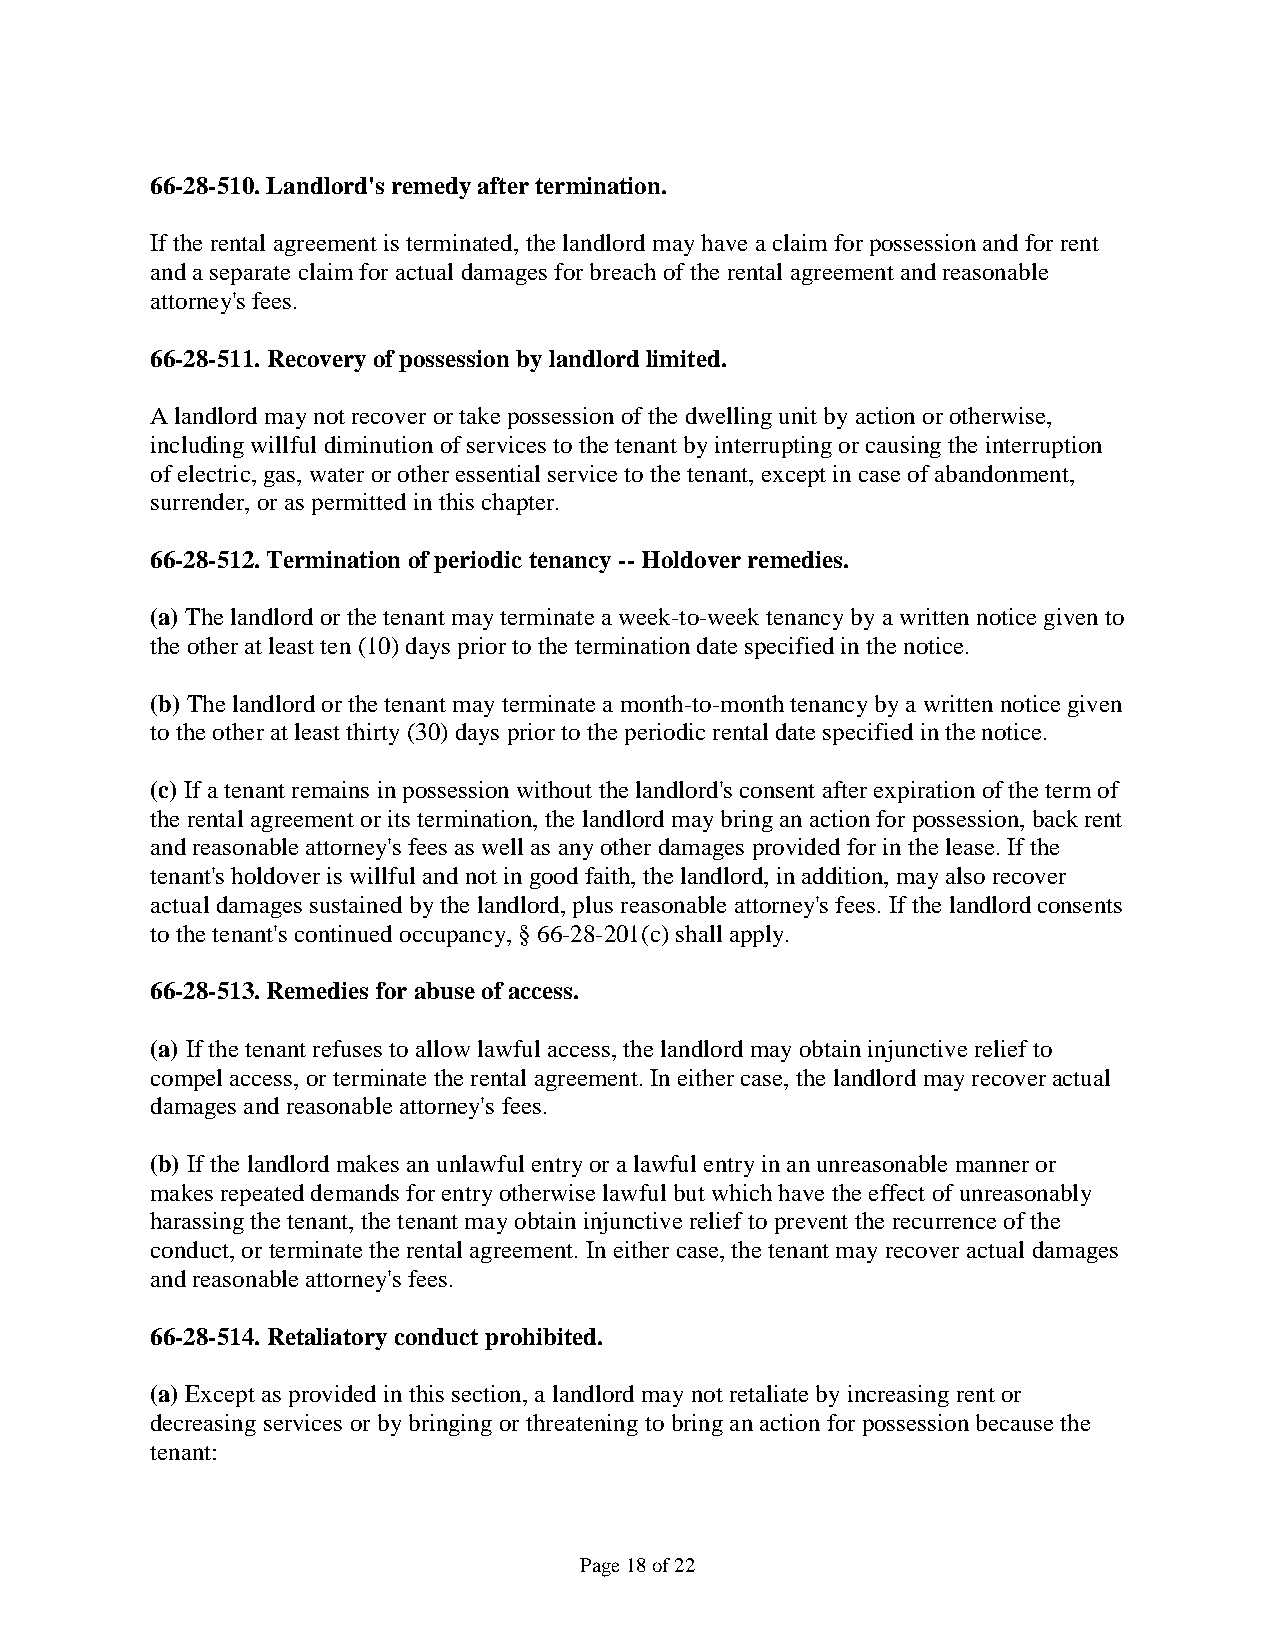
66-28-510. Landlord's remedy after termination.
 If the rental agreement is terminated, the landlord may have a claim for possession and for rent
 and a separate claim for actual damages for breach of the rental agreement and reasonable
 attorney's fees.
 66-28-511. Recovery of possession by landlord limited.
 A landlord may not recover or take possession of the dwelling unit by action or otherwise,
 including willful diminution of services to the tenant by interrupting or causing the interruption
 of electric, gas, water or other essential service to the tenant, except in case of abandonment,
 surrender, or as permitted in this chapter.
 66-28-512. Termination of periodic tenancy -- Holdover remedies.
 (a) The landlord or the tenant may terminate a week-to-week tenancy by a written notice given to
 the other at least ten (10) days prior to the termination date specified in the notice.
 (b) The landlord or the tenant may terminate a month-to-month tenancy by a written notice given
 to the other at least thirty (30) days prior to the periodic rental date specified in the notice.
 (c) If a tenant remains in possession without the landlord's consent after expiration of the term of
 the rental agreement or its termination, the landlord may bring an action for possession, back rent
 and reasonable attorney's fees as well as any other damages provided for in the lease. If the
 tenant's holdover is willful and not in good faith, the landlord, in addition, may also recover
 actual damages sustained by the landlord, plus reasonable attorney's fees. If the landlord consents
 to the tenant's continued occupancy, § 66-28-201(c) shall apply.
 66-28-513. Remedies for abuse of access.
 (a) If the tenant refuses to allow lawful access, the landlord may obtain injunctive relief to
 compel access, or terminate the rental agreement. In either case, the landlord may recover actual
 damages and reasonable attorney's fees.
 (b) If the landlord makes an unlawful entry or a lawful entry in an unreasonable manner or
 makes repeated demands for entry otherwise lawful but which have the effect of unreasonably
 harassing the tenant, the tenant may obtain injunctive relief to prevent the recurrence of the
 conduct, or terminate the rental agreement. In either case, the tenant may recover actual damages
 and reasonable attorney's fees.
 66-28-514. Retaliatory conduct prohibited.
 (a) Except as provided in this section, a landlord may not retaliate by increasing rent or
 decreasing services or by bringing or threatening to bring an action for possession because the
 tenant:
 Page 18 of 22